Rasina_vallavalitsus, lk 51
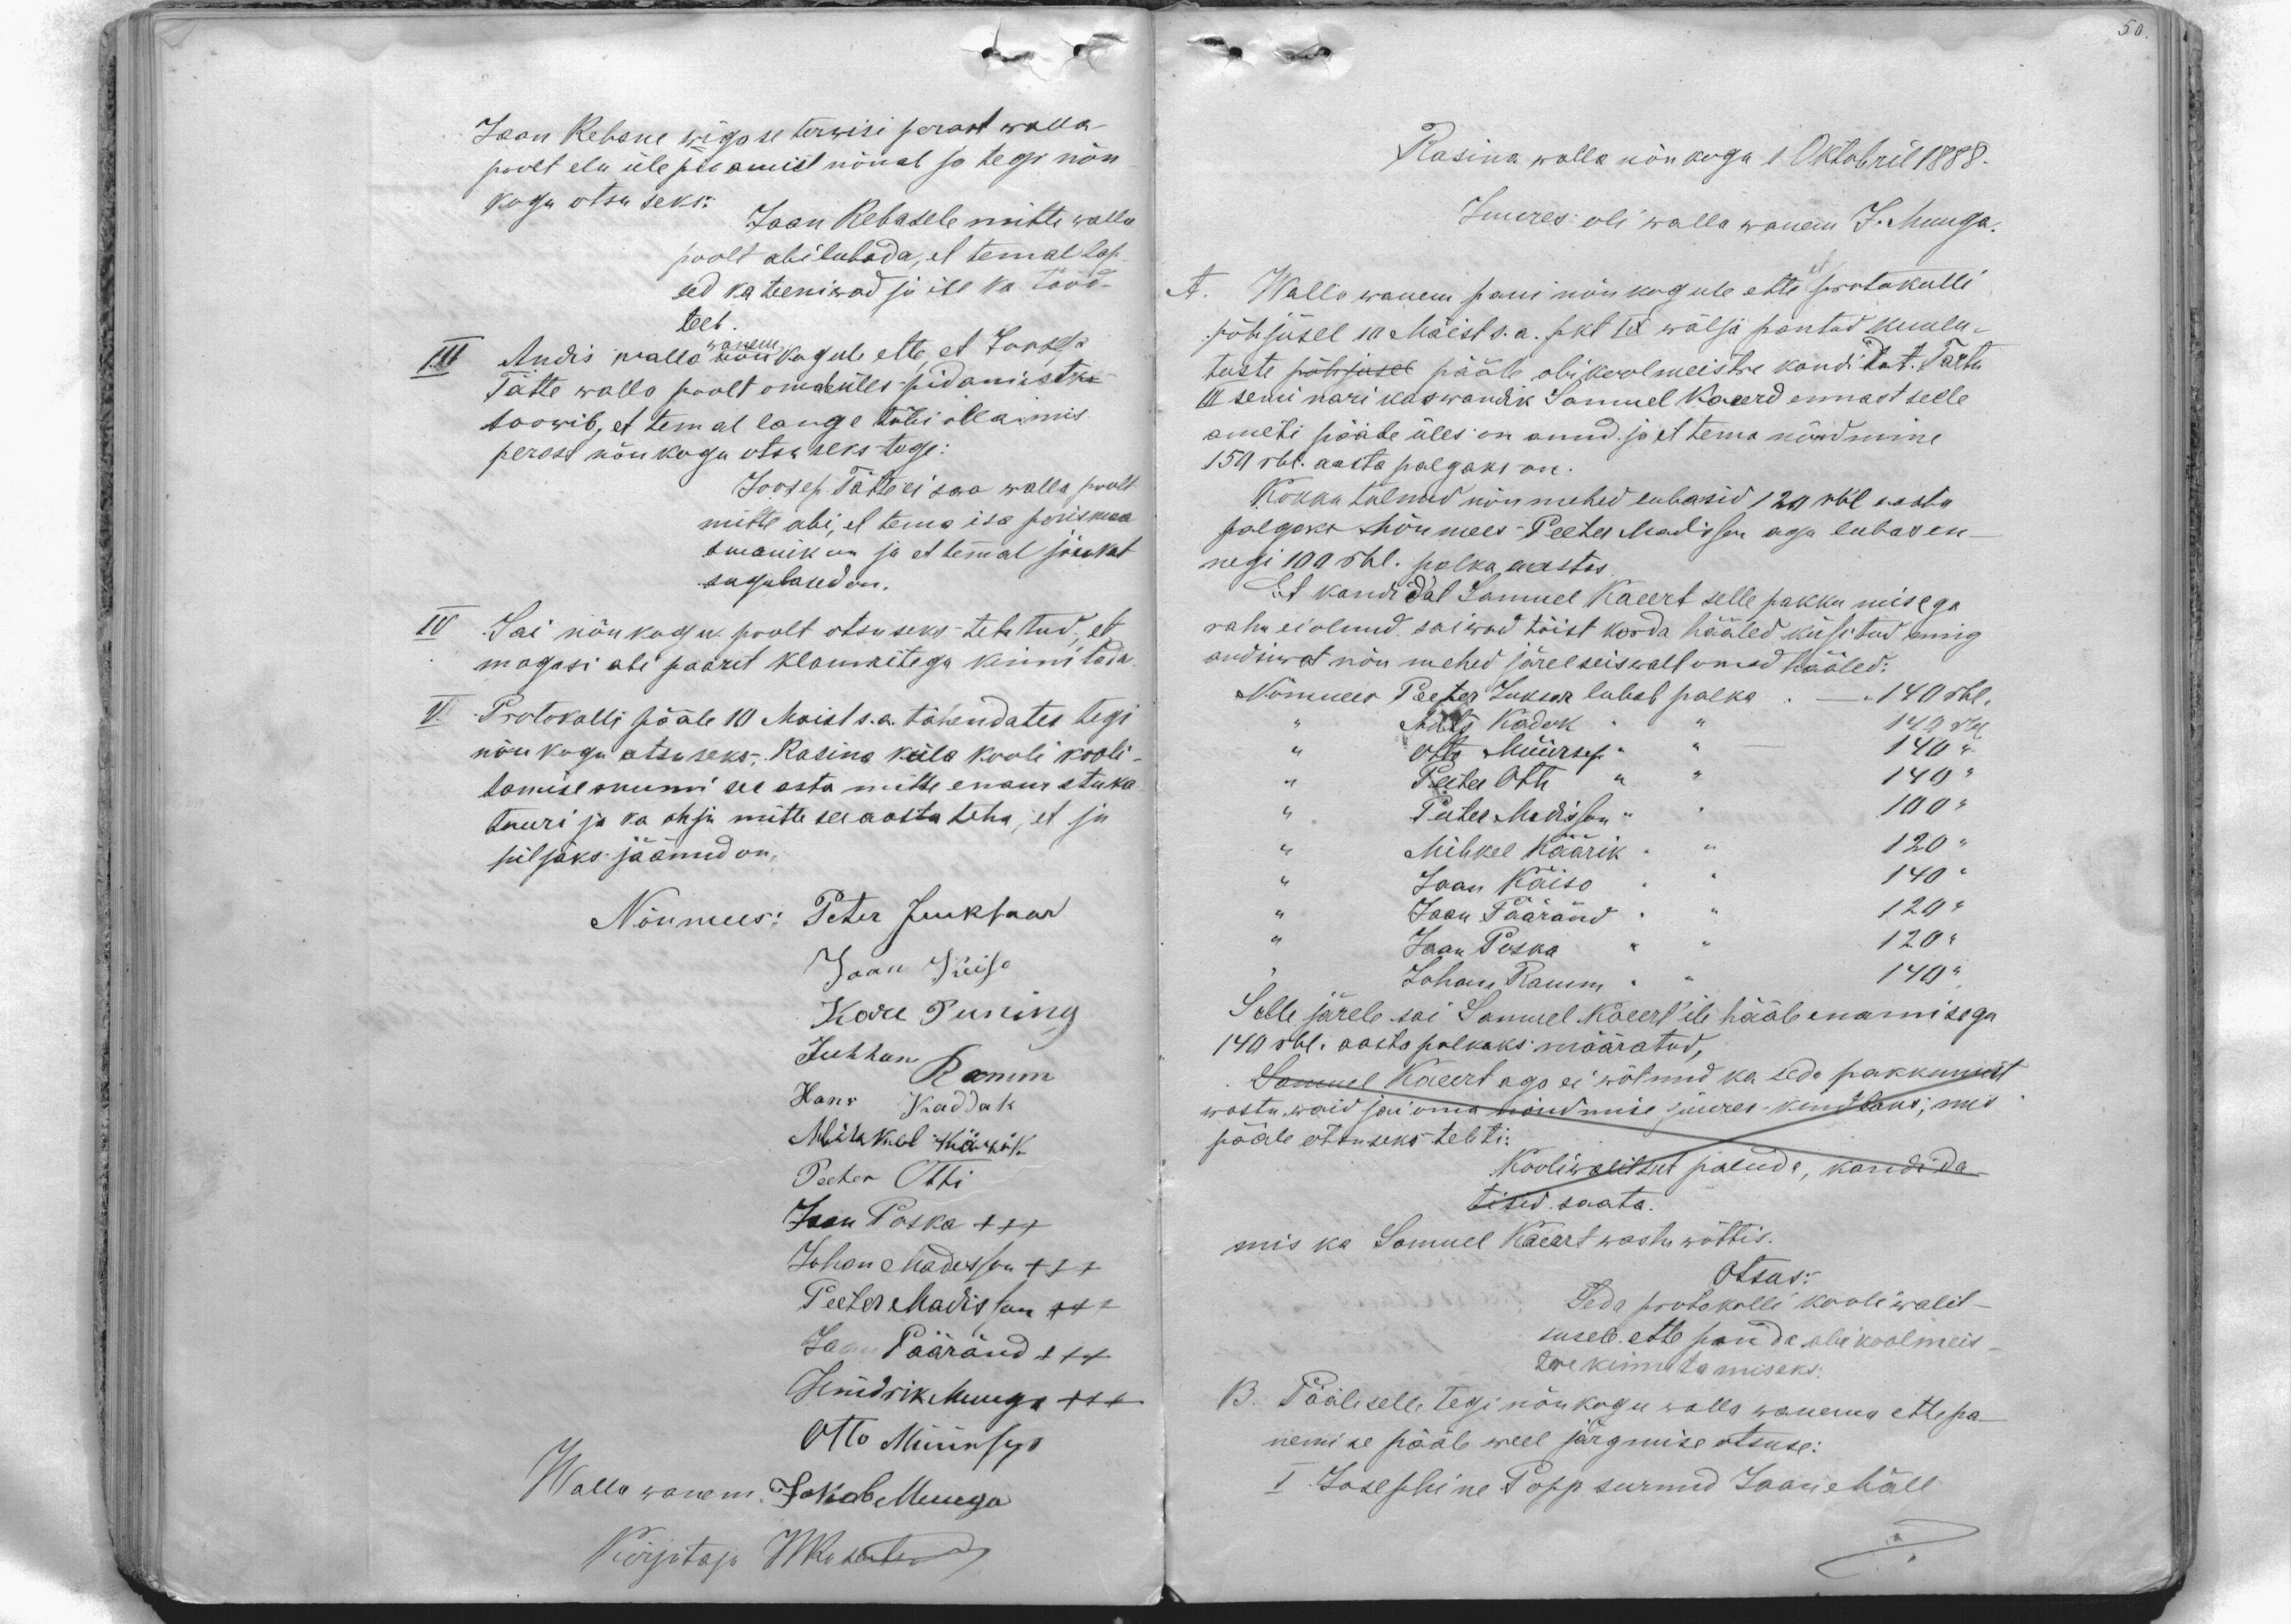
Jaan Rebane wigase terwisi perast walla-
poolt elu ülepidamist nõuab ja tegi nõu
kogu otsuseks:
Jaan Rebasele mitte walla
poolt abi lubada, et temal lap
sed ka teeniwad ja ise ka tööd
teeb.
III Andis walla nõukogule ette, et Joosep
wanem
Tätte walla poolt omal ülespidamistki
soowib, et temal lange tõbi olla mis
perast nõukogu otsuseks tegi:
Joosep Tätte ei saa walla poolt
mitte abi, et tema isa perismaa
omanik on ja et temmal jõukat
sugulased on.
IV Sai nõukogu poolt otsuseks tehtud, et
magasi ahi paarit klamritega kinnitada
V. Protokolli pääle 10. Maist s.a. tähendates tegi
nõu kogu otsuseks. Rasina küla kooli kooli-
tamise ruumi see asta mitte enam stuka-
tuuri ja ka ahju mitte see aasta teha, et ju
hiljaks jäänud on.
Nõumees: Peter Jueksaar
Jaan Kuiso
Karl Puning
Juhhan Ramm
Hans Kaddak
Mihkel Kärik
Peeter Otti
Jaan Poska XXX
Johan Madisson +++
Peeter Madisson +++
Jaan Pääränd +++
Hindrik Muuga XXX
Otto Müürsep
Wallawanem Jakob Muuga
Kirjutaja WRosentaal

Rasina walla nõukogu 1 Oktobril 1888.
Juures oli walla wanem J. Muuga.
et
A. Walla wanem pani nõukogule ette protokolli
põhjusel 10 Maist s.a. pkt IX wälja pantud kuulu-
tuste põhjusel pääle abikoolmeistre kandidat. Tartu
III seminari kaswandik Samuel Kaeerd ennast selle
ameti pääle üles on anud ja et tema nõudmine
150 rbl. aasta palgaks on.
Kokku tulnud nõumehed lubasid 120 rbl aasta
palgaks nõumees Peeter Madisson aga lubas en-
negi 100 rbl. palka aastas
Et kandidat Samuel Kaeert selle pakkumisega
rahu ei olnud saiwad tõist korda hääled küsitud ning
andsiwat nõumehed järel seiswalt omad hääled:
Nõumees Peeter Juksar lubab palka - 140 rbl.
" Ants Kadak " 140 rbl
" Otto Müürsep " 140 "
" Peeter Otti " 140 "
" Peeter Madisson " 100 "
" Mihkel Käärik " 120 "
" Jaan Käiso " 140 "
" Jaan Pääränd " 120 "
" Jaan Poska " 120 "
Johan Ramm " 140 "
Selle järele sai Samuel Kaeert'ile hääle enamisega
140 rbl. aasta palkaks määratud,
Samuel Kaeert aga ei wõtnud ka seda pakkumist
wastu waid jai oma nõudmise juures kindlaks, mis
pääle otsuseks tehti:
Kooliwalitsut paluda, kandida-
tisid saata.
mis ka Samuel Kaeert wastu wõttis.
Otsus:
Seda protokolli kooli walit-
susele ette panda abikoolmeis-
tre kinnitamiseks
B. Pääle selle tegi nõukogu walla wanema ettepa-
nemine pääle weel järgmise otsuse:
I Josephine Popp surnud Jaan Mäll